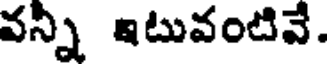
వన్ని ఇటువంటివే.